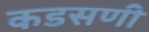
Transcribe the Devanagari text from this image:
कडसणी